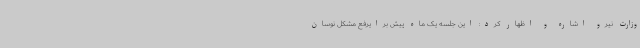
وزارت نیرو اشاره و اظهار کرد: این جلسه یک ماه پیش برایرفع مشکل نوسان